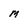
Character: M